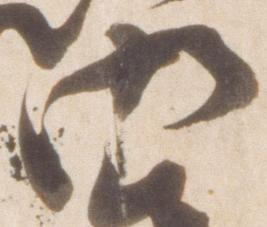
御